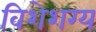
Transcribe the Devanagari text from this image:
विशेशग्य